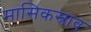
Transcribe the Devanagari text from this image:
मासिकस्राव